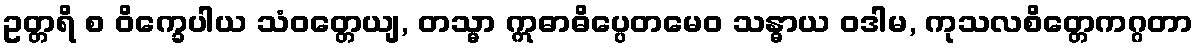
ဥတ္တရိ စ ဝိက္ခေပါယ သံဝတ္တေယျ, တသ္မာ ဣဓာဓိပ္ပေတမေဝ သန္ဓာယ ဝဒါမ, ကုသလစိတ္တေကဂ္ဂတာ